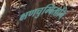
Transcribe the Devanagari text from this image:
क्षणचुम्बितानि